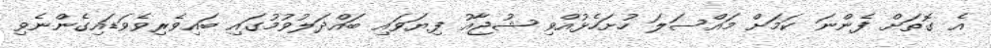
އެ ގޮތަށް ފެންނަ ކަމަށް މައްސަލަ ހުށަހެޅުއްވި ޝުޖާއު ފިޔަވައި ބައްދަލުވުމުގައި ބައިވެރިވެވަޑައިގެންނެވި